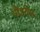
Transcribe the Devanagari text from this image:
पौंडरीक